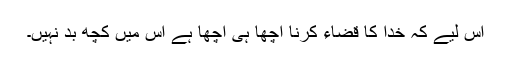
اس لیے کہ خدا کا قضاء کرنا اچھا ہی اچھا ہے اس میں کچھ بد نہیں۔